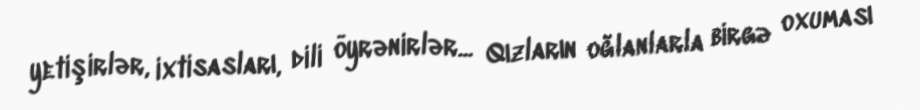
yetişirlər, ixtisasları, dili öyrənirlər... Qızların oğlanlarla birgə oxuması